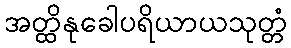
အတ္ထိနုခေါပရိယာယသုတ္တံ